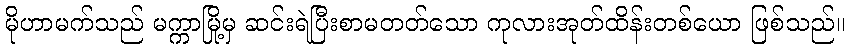
မိုဟာမက်သည် မက္ကာမြို့မှ ဆင်းရဲပြီးစာမတတ်သော ကုလားအုတ်ထိန်းတစ်ယော ဖြစ်သည်။